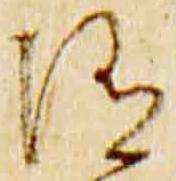
随